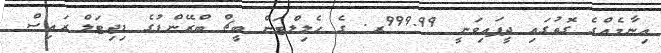
އިނާމެއްގެ ގޮތުގައި ދީފައިވަނީ 999.99ރ. ގެ ހެލިލްޓަން ބީޗް ބްރޭންޑުގެ ޑިިޖިޓަލް ރައިސް